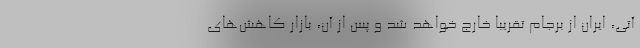
آتی، ایران از برجام تقریبا خارج خواهد شد و پس از آن، بازار کاهش‌های